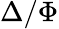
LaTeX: \Delta/\Phi